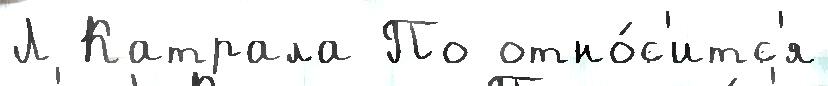
Л Катрала По отно́с'итс'я